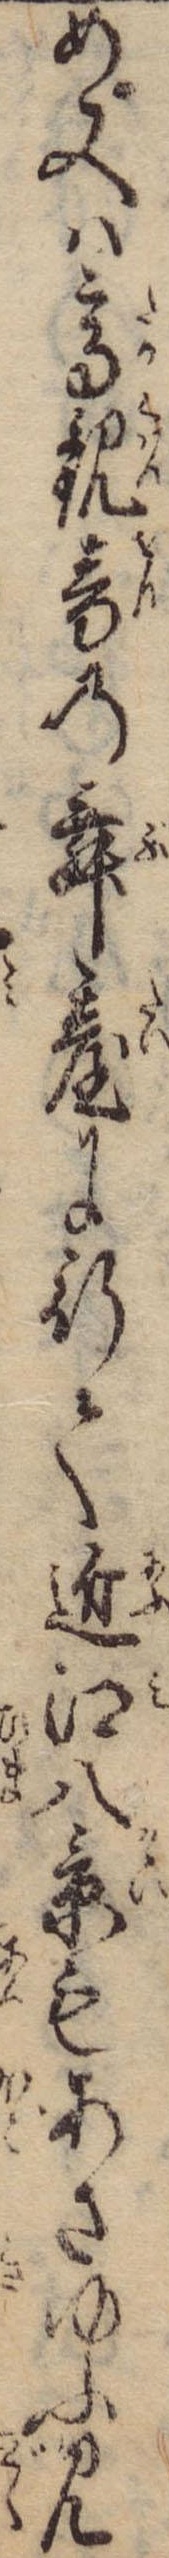
め又は高観音の舞台に行て近江八景もあさゆふ見